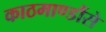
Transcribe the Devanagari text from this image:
काठमाण्डौंसे